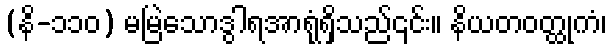
(နိ-၁၁၀) မမြဲသောဒွါရအာရုံရှိသည်၎င်း။ နိယတဝတ္ထုကံ၊